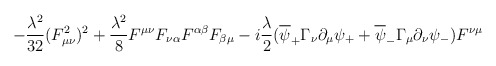
\begin{align*}-{\lambda^2\over 32}(F_{\mu\nu}^2)^2+{\lambda^2\over 8}F^{\mu\nu}F_{\nu\alpha}F^{\alpha\beta}F_{\beta\mu} -i{\lambda\over 2} (\overline{\psi}_+\Gamma_{\nu}\partial_{\mu}\psi_+ + \overline{\psi}_-\Gamma_{\mu}\partial_{\nu}\psi_-)F^{\nu\mu}\end{align*}